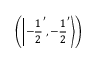
\left( \left| - { \frac { 1 } { 2 } } ^ { \prime } , - { \frac { 1 } { 2 } } ^ { \prime } \right\rangle \right)